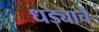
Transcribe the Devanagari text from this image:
धड्याचे